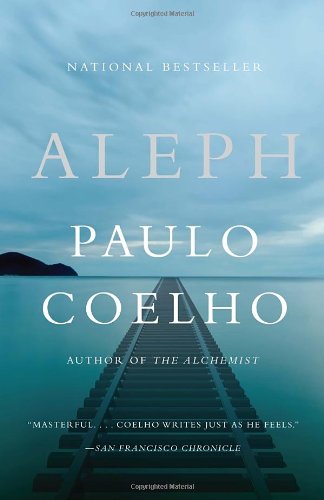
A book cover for Aleph (Vintage International); Paulo Coelho; Literature & Fiction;